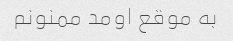
به موقع اومد ممنونم